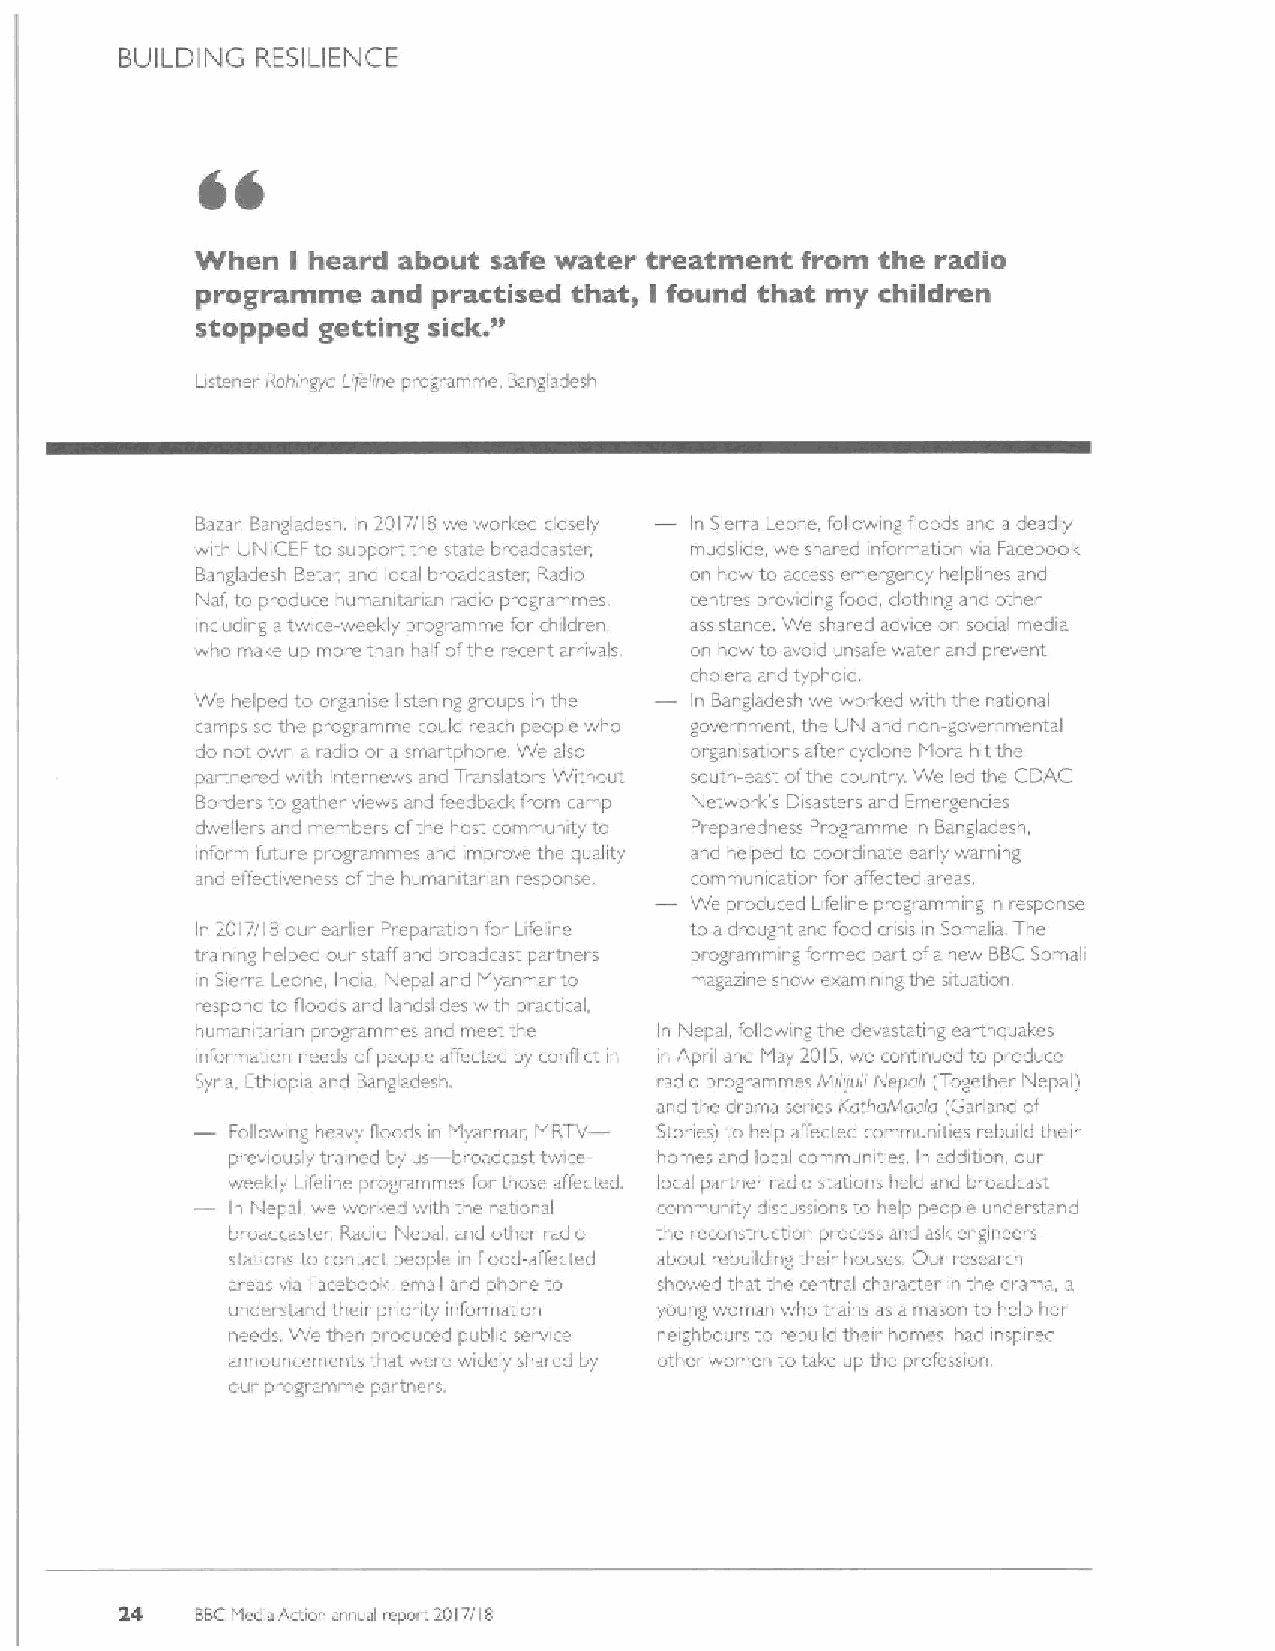
BUILDING RESILIENCE
 CC
 When   heard about safe water treatment from the radio
 I
 programme   and pract "ised that, I found that my children
 stopped getting sick.
 Listener Ra/vngyo L/felii e programme, Bangladesh
 Bazai; Bangladesh. In 2017/18 we worl ed closely In Sierra Leo e, following floruds and a deadly
 with UNICEF to suppoi tthe state broadcaster, mudshde wc shared information via Facebool&
 13angladesh Betar, and Iceel bioadcaster. Radio on how to access emergenry hclpfines and
 Naf to produce humanit. roan iadio programmes, centres providing food, clothing and other
 including atwice-weekly piogi amme for «hildren assistanre. We shared advice on sooal media.
 who make up more than half ofthe recent arrivals on how to avoid unsafe water and prevent
 cholera and typhoid
 We helped to organic. listening groups ~ the In Bangladesh we worked with the national
 i
 camps so the progi amme could reach people who government I.he UN and non-governmental
 do not own a radio or a smartphone. We also orgamsations after cydone Mora hit the
 partne ed with Internews and Ti-anslators Without south-east ofthe country. We led the CDAC
 Borders to gather views a d feedbad& from camp Network s Disasters and Emergencies
 dwellers and members ofthe host community to Preparedness Programme in Bangladesh,
 inform future pi ogrammes and improve the quality and helped to coordinate early warning
 and effectivei.ess ofthe humandarian response. romrnunication for affected areas.
 We produced Lifeline programming in response
 In 2017/I B our earlier Preparation for Lifeline to adrought and food rnsis in Somalia The
 traiiaing helped oui staff,ind broadcast partners programming formed part ofa new 13BCSomali
 in Sierra Leone, India, Nepal and Myanmar to magazine show examining the situation.
 respond to floods and landslides with practical.
 humanitarian programme& and meet the In Nepal following the devastating earthquakes
 infoi-mation needs ofpoop e affected by conflict in April and May 2015 we continued to produce
 i
 Syria, Ethiopia and Bangladesh. iadi~ piogrammes &ttiltru/i Nef&olr (Togethei Nepal)
 and the Clrama SerieS KuthaA&aOIO IGai land Of
 Following heavy floods in Myanmar, MRTV Stones) to help affected communities rebuild their
 previously trained by us b.oadcast twice- homes and local communities In addition, our
 weekly Lfeline programmes forthose afferted. local pai tner radio stations held and broadcast
 .
 ln Nepal we worke&' with the national coinmunity discussions to help people understand
 broadraster, Pedio Nepal and other radio the reconstruction process anci ask engineers
 statioi.s to contact people in flood-at'ferted about rebuilding their house~. Cour research
 areas via Facebool& email and phone to showed that the rentral chai aeter in the drama, a
 under tand their priortty information young wom~n who trains as a mason to help her
 needs. We then produced public service neighbours to rebuild then. Isomes had inspired
 announcements that were widely shared by other women to take up the profession.
 our programme pa. tnei s.
 24   BBCInedia Action annual report 2017/18